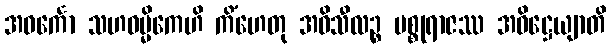
အဝင်္ကော သဟဓမ္မိကေဟိ ကိံဟေတု အဓိသီလဉ္စ မစ္စုရာဇဿ အဓိဋ္ဌေယျာတိ